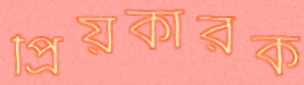
প্রিয়কারক